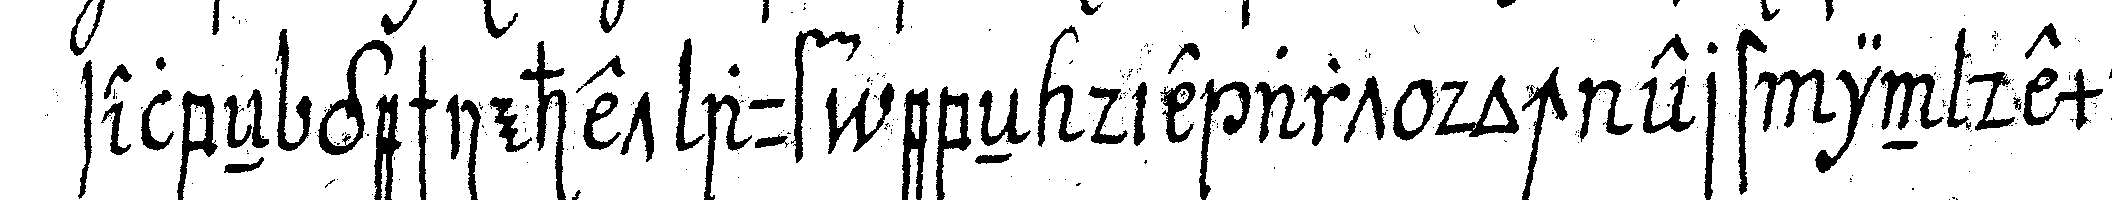
selbeN geschiehet auf ebeN die art doch erst in dem